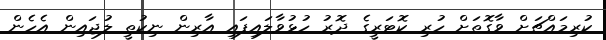
ކުރިމައްޗަށް ވާގޮތަށް ހުރި ކޮޓަރީގެ ދޮރު ހުޅުވާލައިފައި އާރިން ނިކުތީ ލުޖައިން އެހެން